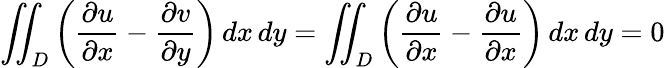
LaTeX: \iint_{D}\left({\frac{\partial u}{\partial x}}-{\frac{\partial v}{\partial y}}\right)\, dx\, dy=\iint_{D}\left({\frac{\partial u}{\partial x}}-{\frac{\partial u}{\partial x}}\right)\, dx\, dy=0